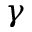
\gamma